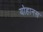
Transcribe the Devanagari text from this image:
योहानस